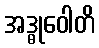
အဒ္ဓုဝေါတိ